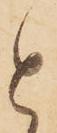
と